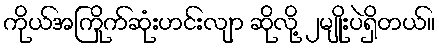
ကိုယ်အကြိုက်ဆုံးဟင်းလျာ ဆိုလို့ ၂မျိုးပဲရှိတယ်။